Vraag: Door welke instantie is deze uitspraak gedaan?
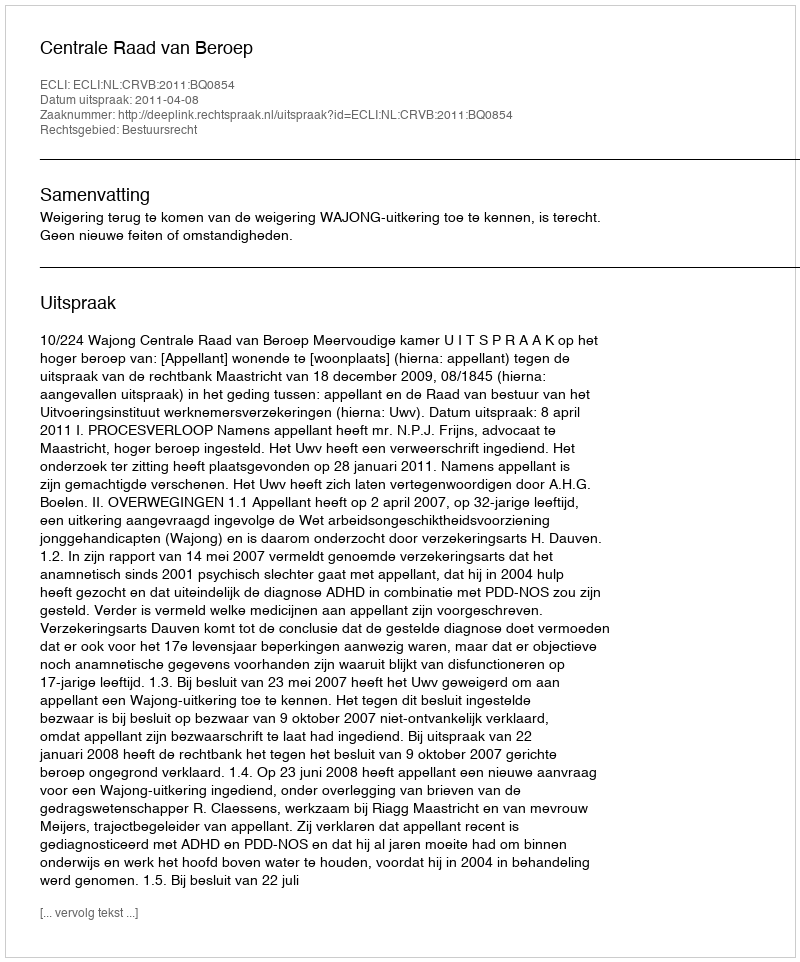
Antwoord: Centrale Raad van Beroep